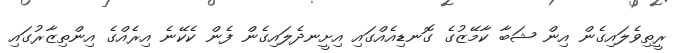
ރީތިވެލައިގެން އިން ޝަބާ ކާމޭޒުގެ ގޮނޑިއެއްގައި އިށީނދެލައިގެން ފެން ކެކޭނެ އިރެއްގެ އިންތިޒާރުގައި